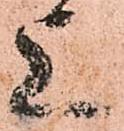
上